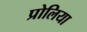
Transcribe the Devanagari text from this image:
प्रोलिया